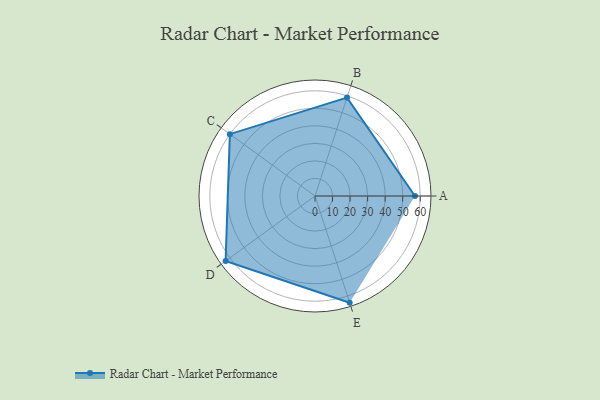
{"axis": {"x": "Skill", "y": "Score"}, "legend": ["Profile"], "data": [{"x": "A", "y": 57.0, "type": "Profile"}, {"x": "B", "y": 59.0, "type": "Profile"}, {"x": "C", "y": 60.0, "type": "Profile"}, {"x": "D", "y": 63.0, "type": "Profile"}, {"x": "E", "y": 64.0, "type": "Profile"}]}